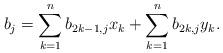
LaTeX: \begin{align*}b_j = \sum_{k = 1}^n b_{2k - 1, j} x_k + \sum_{k = 1}^n b_{2k, j} y_k.\end{align*}